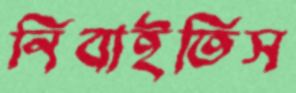
নিবাইতিস